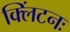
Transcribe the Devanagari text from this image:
क्लिंटनः